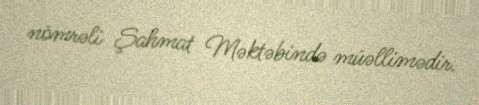
nömrəli Şahmat Məktəbində müəllimədir.